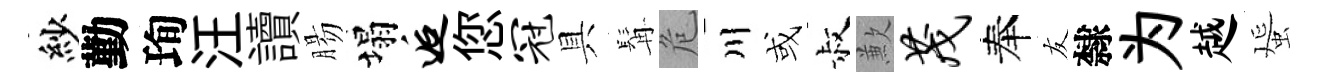
紗勤珣汪讀腸塌逅您冠具髯危川或叔歉茂奉友隸为越蜑